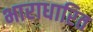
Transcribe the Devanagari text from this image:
भाराधारित